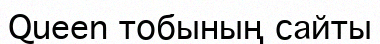
Queen тобының сайты